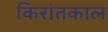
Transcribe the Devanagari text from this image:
किरांतकाल